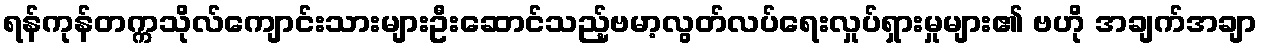
ရန်ကုန်တက္ကသိုလ်ကျောင်းသားများဦးဆောင်သည့်ဗမာ့လွတ်လပ်ရေးလှုပ်ရှားမှုများ၏ ဗဟို အချက်အချာ